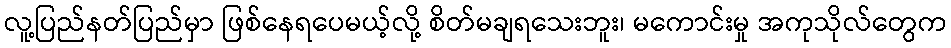
လူ့ပြည်နတ်ပြည်မှာ ဖြစ်နေရပေမယ့်လို့ စိတ်မချရသေးဘူး၊ မကောင်းမှု အကုသိုလ်တွေက